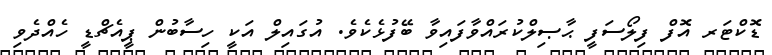
ޑޮކްޓަރ އޮފް ފިލޯސަފީ ޙާޞިލްކުރައްވާފައިވާ ބޭފުޅެކެވެ. އުގައިލް އަކީ ހިސާބުން ޕީއެޗްޑީ ހެއްދެވި